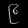
Digit: ၉